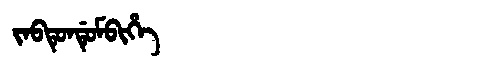
Manchu: ᠵᠠᠪᡨᡠᠨᡩᡠᠮᠪᡳᡥᡝ
Romanization: JABTUNDUMBIHE